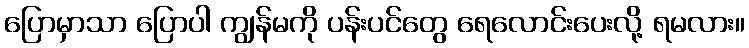
ပြောမှာသာ ပြောပါ ကျွန်မကို ပန်းပင်တွေ ရေလောင်းပေးလို့ ရမလား။